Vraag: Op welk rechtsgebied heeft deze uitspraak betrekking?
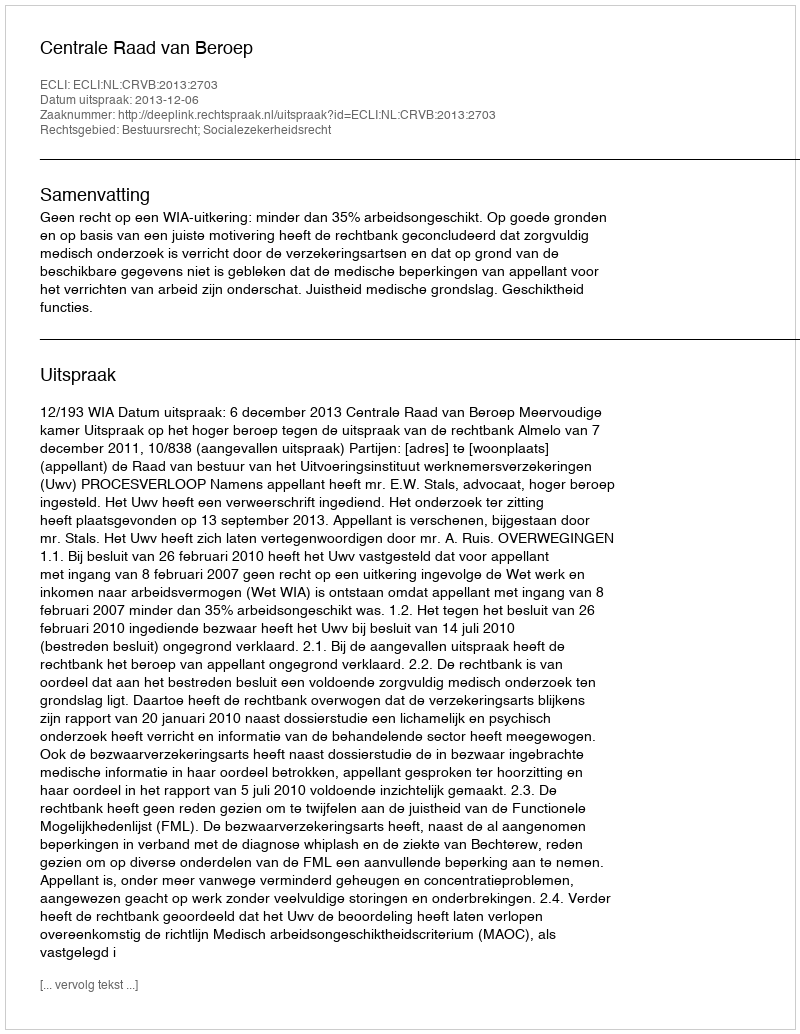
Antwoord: Bestuursrecht; Socialezekerheidsrecht